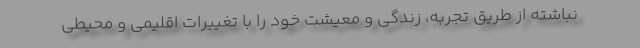
نباشته از طریق تجربه، زندگی و معیشت خود را با تغییرات اقلیمی و محیطی